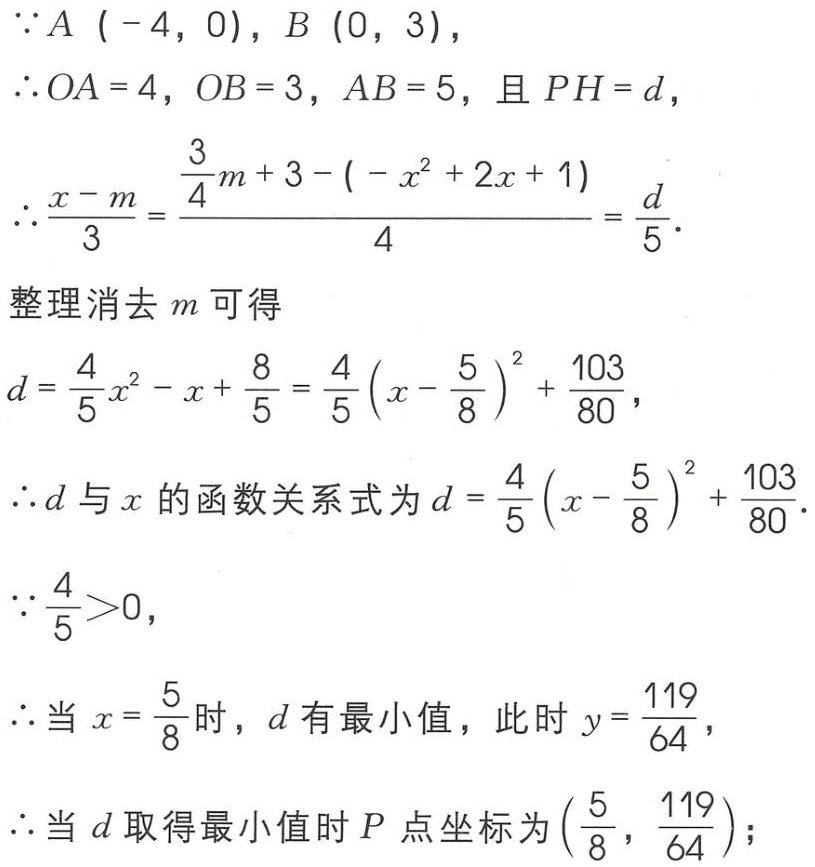
\(
\begin{align*}
&\because A(-4,0), B(0,3),\\
&\therefore OA = 4, OB = 3, AB = 5, \text{ 且 } PH = d,\\
&\therefore\frac{x - m}{3}=\frac{\frac{3}{4}m + 3-(-x^{2}+2x + 1)}{4}=\frac{d}{5}.\\
&\text{整理消去 }m\text{ 可得}\\
&d=\frac{4}{5}x^{2}-x+\frac{8}{5}=\frac{4}{5}(x - \frac{5}{8})^{2}+\frac{103}{80},\\
&\therefore d\text{ 与 }x\text{ 的函数关系式为 }d=\frac{4}{5}(x - \frac{5}{8})^{2}+\frac{103}{80}.\\
&\because\frac{4}{5}>0,\\
&\therefore\text{当 }x = \frac{5}{8}\text{ 时，}d\text{ 有最小值，此时 }y=\frac{119}{64},\\
&\therefore\text{当 }d\text{ 取得最小值时 }P\text{ 点坐标为 }(\frac{5}{8},\frac{119}{64});
\end{align*}
\)